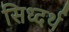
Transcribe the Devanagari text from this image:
सिध्दर्थ